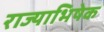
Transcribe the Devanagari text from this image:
राज्‍याभिषेक